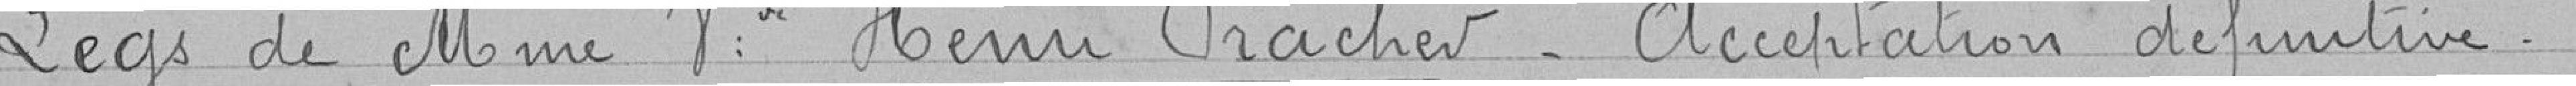
Legs de Mme Veuve Henri Pracher - Acceptation définitive.